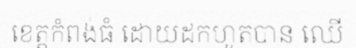
ខេត្តកំពង់ធំ ដោយដកហូតបាន ឈើ